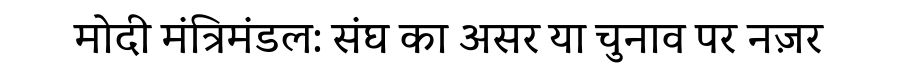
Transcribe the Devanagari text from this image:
मोदी मंत्रिमंडल: संघ का असर या चुनाव पर नज़र